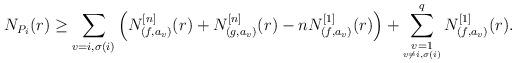
LaTeX: \begin{align*}N_{P_i}(r)\geq \sum_{v=i,\sigma (i)}\left ( N^{[n]}_{(f,a_v)}(r)+N^{[n]}_{(g,a_v)}(r)-nN^{[1]}_{(f,a_v)}(r) \right )+\sum_{\underset{v\ne i,\sigma (i)}{v=1}}^{q}N^{[1]}_{(f,a_v)}(r).\end{align*}